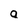
Character: a